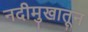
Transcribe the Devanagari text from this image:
नदीमुखातून